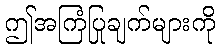
ဤအကြံပြုချက်များကို